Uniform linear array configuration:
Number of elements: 4
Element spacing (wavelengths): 0.25
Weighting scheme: binomial
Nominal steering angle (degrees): -60
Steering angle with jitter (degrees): -61.035
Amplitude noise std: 0.05
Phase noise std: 0.05

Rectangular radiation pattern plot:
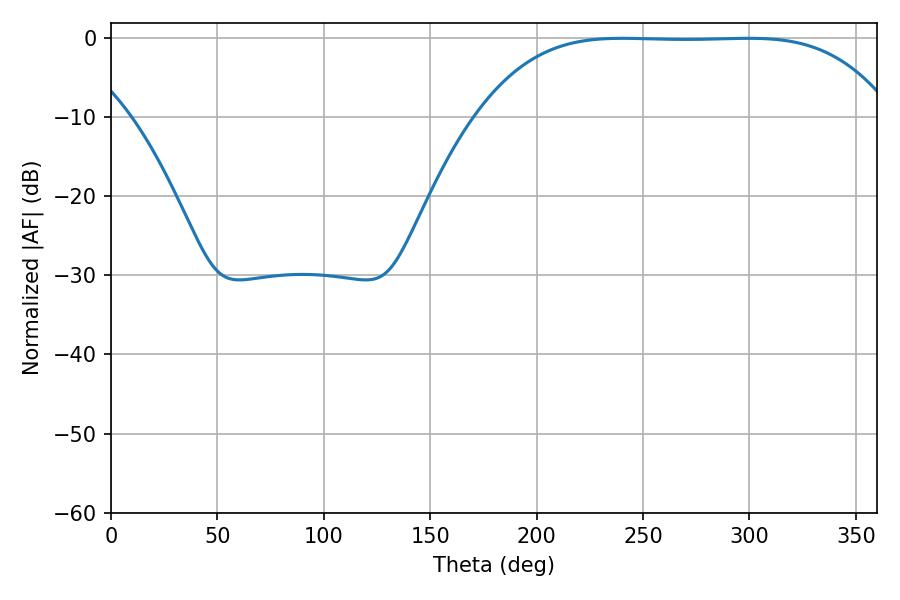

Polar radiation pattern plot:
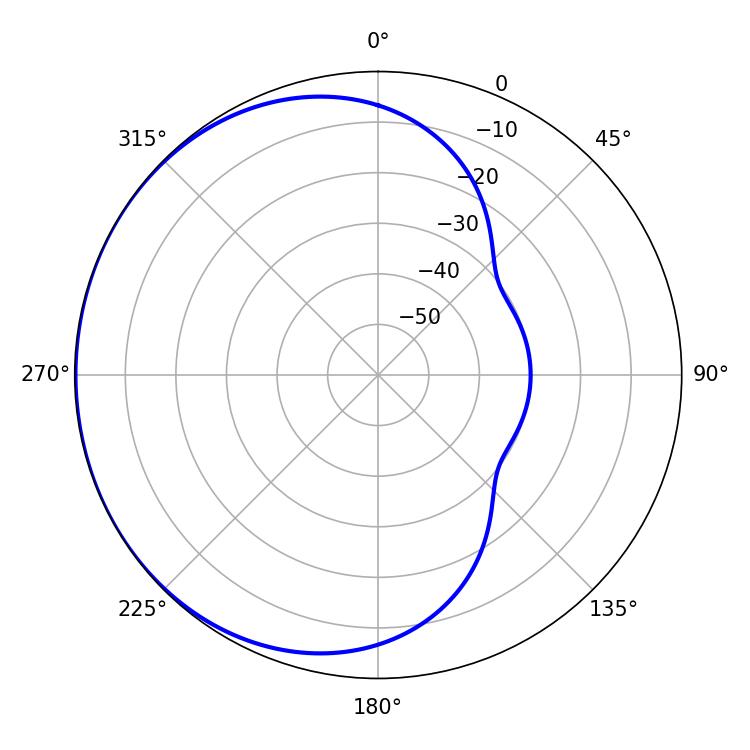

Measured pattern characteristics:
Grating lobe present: FALSE
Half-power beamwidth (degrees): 148.32
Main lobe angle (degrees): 240.3